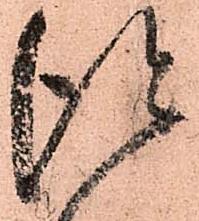
得